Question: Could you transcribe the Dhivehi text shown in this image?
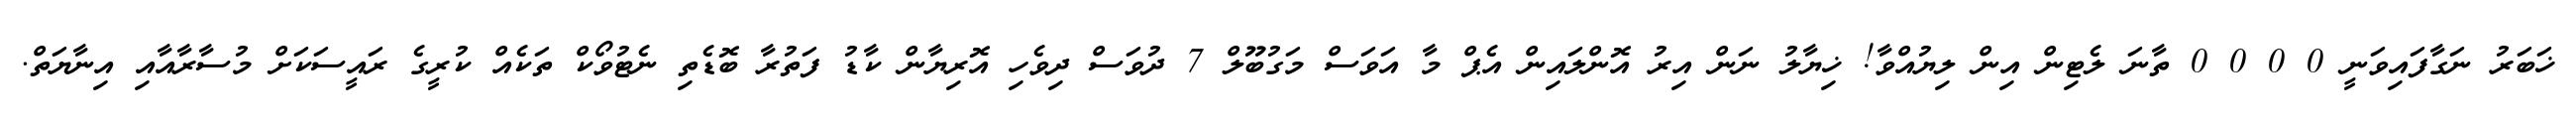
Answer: ޚަބަރު ނަގާފައިވަނީ 0 0 0 0 ތާނަ ލެޓިން އިން ލިޔުއްވާ! ޚިޔާލު ނަން އިރު އޮންލައިން އެޕް މާ އަވަސް މަގުބޫލް 7 ދުވަސް ދިވެހި އޮރިޔާން ކާޑު ފަތުރާ ބޮޑެތި ނެޓުވޯކް ތަކެއް ކުރީގެ ރައީސަކަށް މުސާރާއާއި އިނާޔަތް.